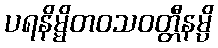
ပရနိမ္မိတဝသဝတ္တီနမ္ပိ